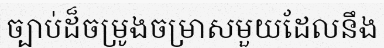
ច្បាប់ដ៏ចម្រូងចម្រាសមួយដែលនឹង